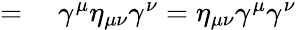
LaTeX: \begin{array}{rl}{={}}&{{}\gamma^{\mu}\eta_{\mu\nu}\gamma^{\nu}=\eta_{\mu\nu}\gamma^{\mu}\gamma^{\nu}}\end{array}